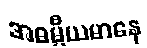
အဓမ္မီယမာနေ